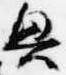
興